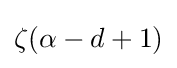
\textstyle \zeta (\alpha -d+1)